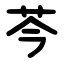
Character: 芩